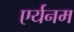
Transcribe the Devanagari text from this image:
एर्यनम